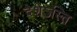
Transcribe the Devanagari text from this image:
देशेऽस्ति